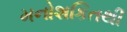
મનોશકિતથી